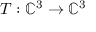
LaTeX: T : \mathbb { C } ^ { 3 } \to \mathbb { C } ^ { 3 }